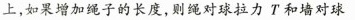
上，如果增加绳子的长度，则绳对球拉力T和墙对球